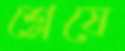
শ্লেষে